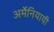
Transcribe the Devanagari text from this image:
अर्मेनियायी